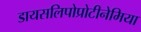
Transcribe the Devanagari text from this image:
डायसलिपोप्रोटीनेमिया